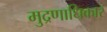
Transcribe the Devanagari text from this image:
मुद्रणाधिकार